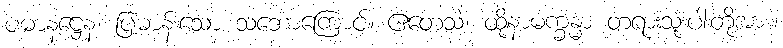
ပဓာနဋ္ဌေန၊ ပြဓာန်းသော သဘောကြောင့်။ ဧတေသံ၊ ထိုနာမက္ခန္ဓာ တရားသုံးပါးတို့အား။